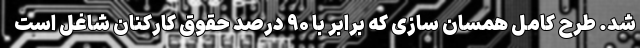
شد. طرح کامل همسان سازی که برابر با ۹۰ درصد حقوق کارکنان شاغل است